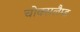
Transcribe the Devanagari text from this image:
चोक्सलैम्ड